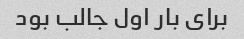
برای بار اول جالب بود